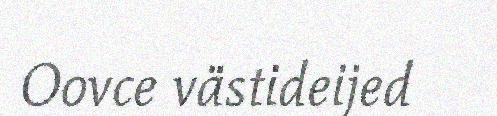
Oovce västideijed